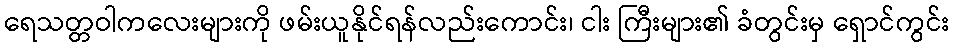
ရေသတ္တဝါကလေးများကို ဖမ်းယူနိုင်ရန်လည်းကောင်း၊ ငါး ကြီးများ၏ ခံတွင်းမှ ရှောင်ကွင်း